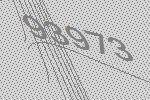
93973